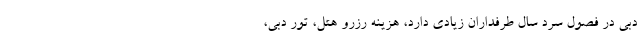
دبی در فصول سرد سال طرفداران زیادی دارد، هزینه رزرو هتل، تور دبی،